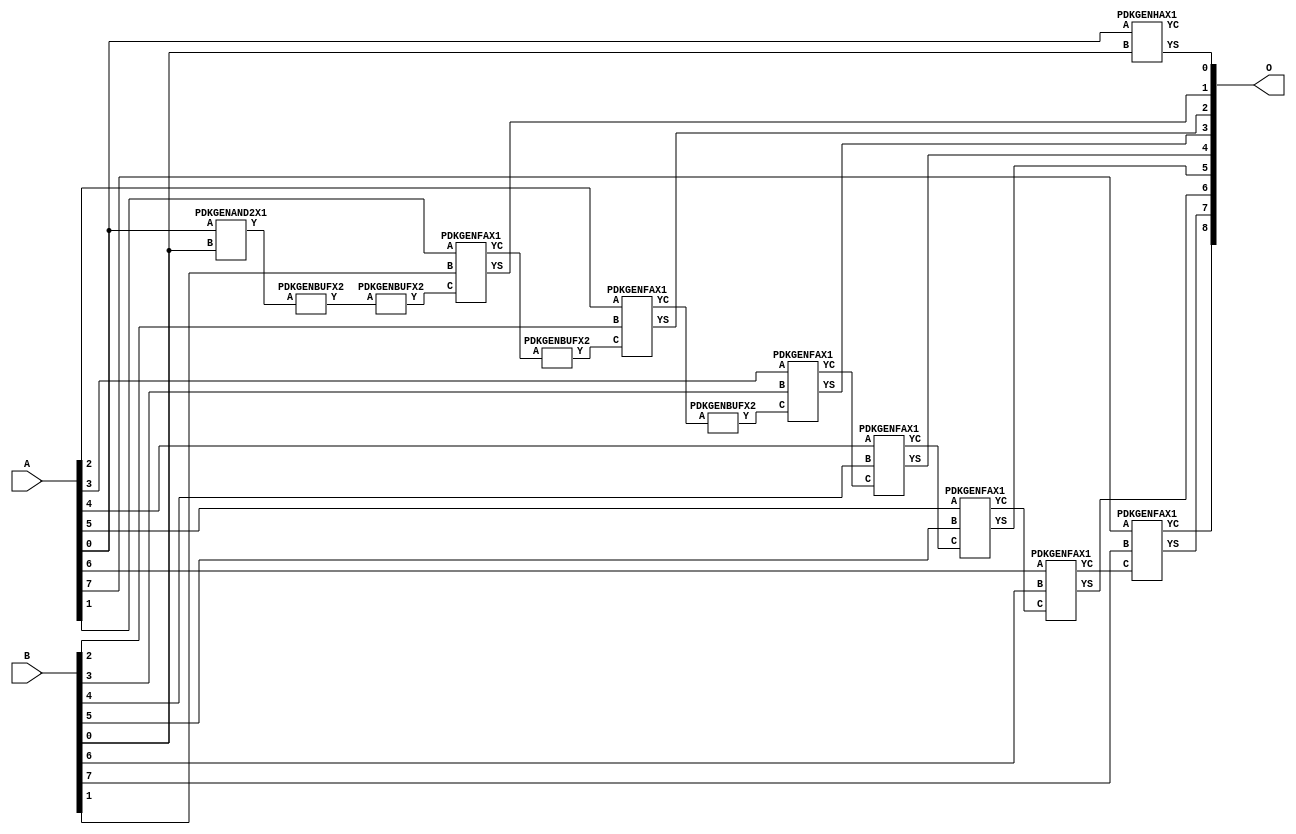
// Library = EvoApprox8b
// Circuit = add8_387
// Area   (180) = 1048
// Delay  (180) = 1.880
// Power  (180) = 374.90
// Area   (45) = 79
// Delay  (45) = 0.730
// Power  (45) = 35.48
// Nodes = 13
// HD = 0
// MAE = 0.00000
// MSE = 0.00000
// MRE = 0.00 %
// WCE = 0
// WCRE = 0 %
// EP = 0.0 %

module add8_387(A, B, O);
  input [7:0] A;
  input [7:0] B;
  output [8:0] O;
  wire [2031:0] N;

  assign N[0] = A[0];
  assign N[1] = A[0];
  assign N[2] = A[1];
  assign N[3] = A[1];
  assign N[4] = A[2];
  assign N[5] = A[2];
  assign N[6] = A[3];
  assign N[7] = A[3];
  assign N[8] = A[4];
  assign N[9] = A[4];
  assign N[10] = A[5];
  assign N[11] = A[5];
  assign N[12] = A[6];
  assign N[13] = A[6];
  assign N[14] = A[7];
  assign N[15] = A[7];
  assign N[16] = B[0];
  assign N[17] = B[0];
  assign N[18] = B[1];
  assign N[19] = B[1];
  assign N[20] = B[2];
  assign N[21] = B[2];
  assign N[22] = B[3];
  assign N[23] = B[3];
  assign N[24] = B[4];
  assign N[25] = B[4];
  assign N[26] = B[5];
  assign N[27] = B[5];
  assign N[28] = B[6];
  assign N[29] = B[6];
  assign N[30] = B[7];
  assign N[31] = B[7];

  PDKGENAND2X1 n32(.A(N[0]), .B(N[16]), .Y(N[32]));
  PDKGENBUFX2 n42(.A(N[32]), .Y(N[42]));
  assign N[43] = N[42];
  PDKGENBUFX2 n50(.A(N[43]), .Y(N[50]));
  PDKGENHAX1 n76(.A(N[0]), .B(N[16]), .YS(N[76]), .YC(N[77]));
  PDKGENFAX1 n82(.A(N[2]), .B(N[18]), .C(N[50]), .YS(N[82]), .YC(N[83]));
  PDKGENBUFX2 n114(.A(N[83]), .Y(N[114]));
  PDKGENFAX1 n132(.A(N[4]), .B(N[20]), .C(N[114]), .YS(N[132]), .YC(N[133]));
  PDKGENBUFX2 n174(.A(N[133]), .Y(N[174]));
  PDKGENFAX1 n182(.A(N[6]), .B(N[22]), .C(N[174]), .YS(N[182]), .YC(N[183]));
  PDKGENFAX1 n232(.A(N[8]), .B(N[24]), .C(N[183]), .YS(N[232]), .YC(N[233]));
  PDKGENFAX1 n282(.A(N[10]), .B(N[26]), .C(N[233]), .YS(N[282]), .YC(N[283]));
  PDKGENFAX1 n332(.A(N[12]), .B(N[28]), .C(N[283]), .YS(N[332]), .YC(N[333]));
  PDKGENFAX1 n382(.A(N[14]), .B(N[30]), .C(N[333]), .YS(N[382]), .YC(N[383]));

  assign O[0] = N[76];
  assign O[1] = N[82];
  assign O[2] = N[132];
  assign O[3] = N[182];
  assign O[4] = N[232];
  assign O[5] = N[282];
  assign O[6] = N[332];
  assign O[7] = N[382];
  assign O[8] = N[383];

endmodule
/* mod */
module PDKGENHAX1( input A, input B, output YS, output YC );
    assign YS = A ^ B;
    assign YC = A & B;
endmodule
/* mod */
module PDKGENAND2X1(input A, input B, output Y );
     assign Y = A & B;
endmodule
/* mod */
module PDKGENFAX1( input A, input B, input C, output YS, output YC );
    assign YS = (A ^ B) ^ C;
    assign YC = (A & B) | (B & C) | (A & C);
endmodule
/* mod */
module PDKGENBUFX2(input A, output Y );
     assign Y = A;
endmodule